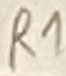
Text: R1